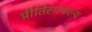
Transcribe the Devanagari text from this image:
प्रीतिसाफल्य